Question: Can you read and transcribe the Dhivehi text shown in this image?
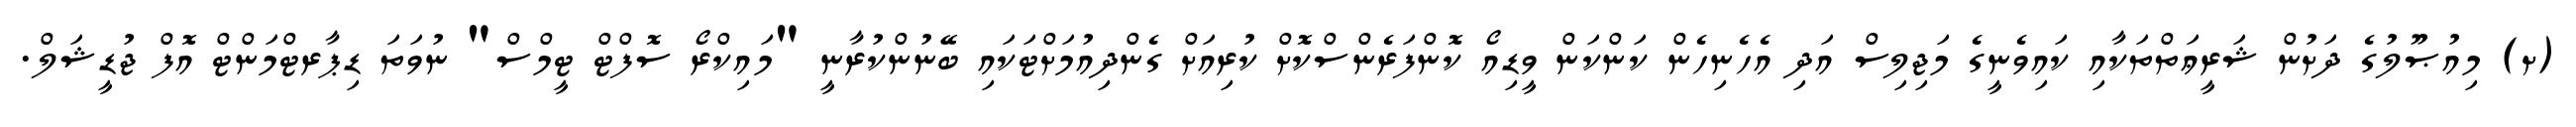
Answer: (ށ) މިއުޞޫލުގެ ދަށުން ޝަރީޢަތްތަކާއި ކައިވެނީގެ މަޖިލިސް އަދި އެހެނިހެން ކަންކަން ވީޑިއޯ ކޮންފަރެންސްކޮށް ކުރިއަށް ގެންދިއުމަށްޓަކައި ބޭނުންކުރާނީ "މައިކްރޯ ސޮފްޓް ޓީމްސް" ނުވަތަ ޑިޕާރޓްމަންޓް އޮފް ޖުޑީޝަލް.